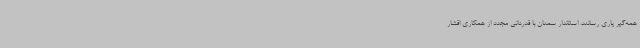
همه‌گیر یاری رسانند. استاندار سمنان با قدردانی مجدد از همکاری اقشار